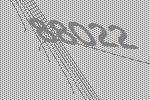
88022